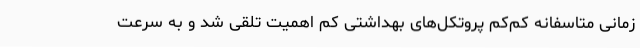
زمانی متاسفانه کم‌کم پروتکل‌های بهداشتی کم اهمیت تلقی شد و به سرعت